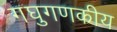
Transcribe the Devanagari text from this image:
गघुगणकीय